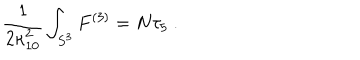
LaTeX: \frac 1 { 2 \kappa _ { 1 0 } ^ { 2 } } \int _ { S ^ { 3 } } F ^ { ( 3 ) } = N \tau _ { 5 } ~ .